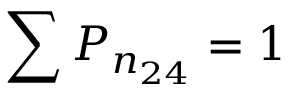
\sum P _ { n _ { 2 4 } } = 1